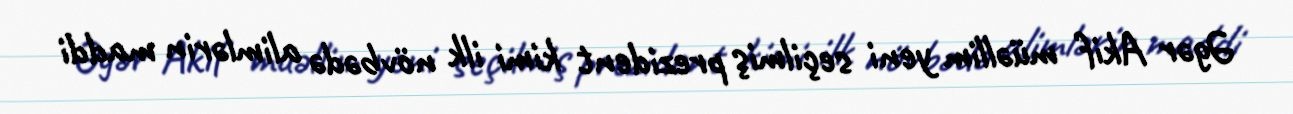
Əgər Akif müəllim yeni seçilmiş prezident kimi ilk növbədə alimlərin maddi